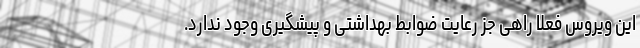
این ویروس فعلاً راهی جز رعایت ضوابط بهداشتی و پیشگیری وجود ندارد.